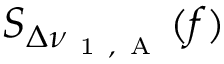
S _ { \Delta \nu _ { \mathrm { ~ 1 ~ , ~ A ~ } } } ( f )